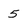
Character: 5